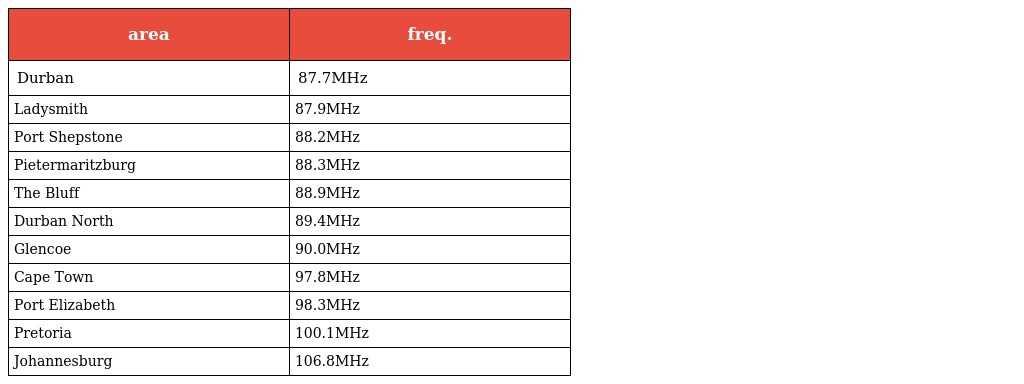
| area | freq. |
 | --- | --- |
 | Durban | 87.7MHz |
 | Ladysmith | 87.9MHz |
 | Port Shepstone | 88.2MHz |
 | Pietermaritzburg | 88.3MHz |
 | The Bluff | 88.9MHz |
 | Durban North | 89.4MHz |
 | Glencoe | 90.0MHz |
 | Cape Town | 97.8MHz |
 | Port Elizabeth | 98.3MHz |
 | Pretoria | 100.1MHz |
 | Johannesburg | 106.8MHz |